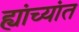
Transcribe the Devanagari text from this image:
ह्यांच्यांत